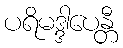
ပရိမဒ္ဒါပေန္တီ